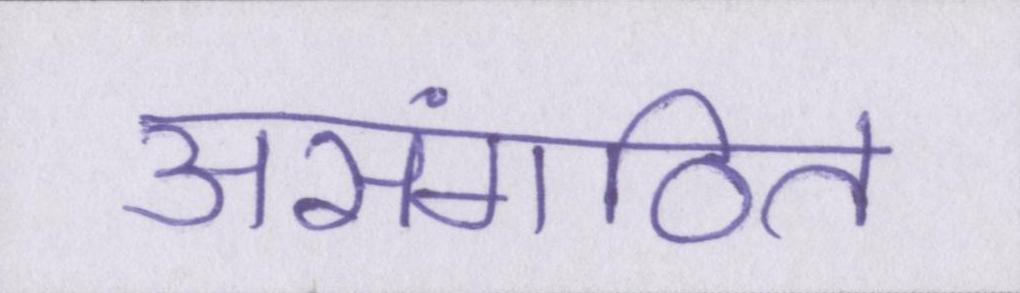
असंगठित